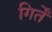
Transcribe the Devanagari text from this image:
गिर्तें